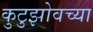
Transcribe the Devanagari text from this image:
कुटुझोवच्या